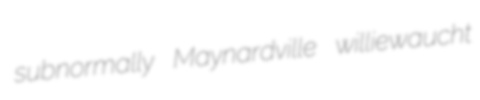
subnormally Maynardville williewaucht